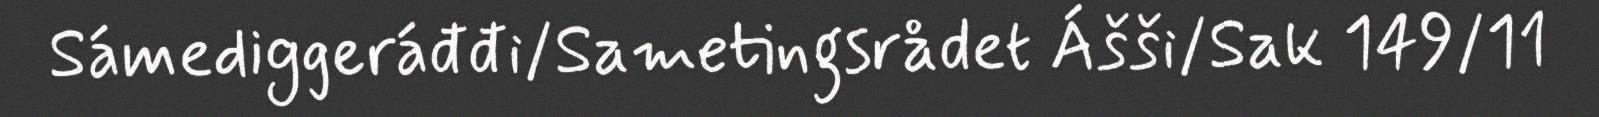
Sámediggeráđđi/Sametingsrådet Ášši/Sak 149/11